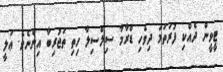
ޓީވީން ދެއްކި ފުރަތަމަ ދިވެހި ޑްރާމާ ސިލްސިލާ ހިތި ތަޖުރިބާ އިންނެވެ. ޢަލީ